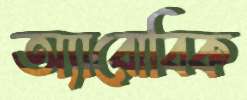
অ্যারোবিক